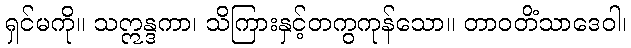
ရှင်မကို။ သဣန္ဒကာ၊ သိကြားနှင့်တကွကုန်သော။ တာဝတိံသာဒေဝါ၊